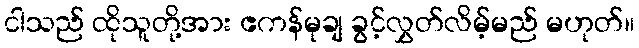
ငါသည် ထိုသူတို့အား ဧကန်မုချ ခွင့်လွှတ်လိမ့်မည် မဟုတ်။